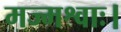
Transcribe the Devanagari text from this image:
मज्मश्वाः।